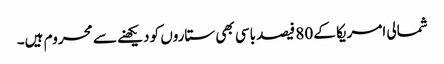
شمالی امریکا کے 80 فیصد باسی بھی ستاروں کو دیکھنے سے محروم ہیں۔